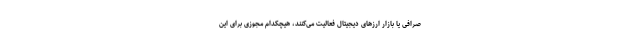
صرافی یا بازار ارزهای دیجیتال فعالیت می‌کنند، هیچکدام مجوزی برای این